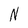
Character: N